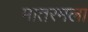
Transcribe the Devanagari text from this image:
मातरमला